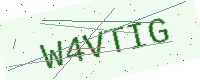
Text: W4VTIG